Source: Computer-generated
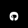
Digit: ၈ (8)